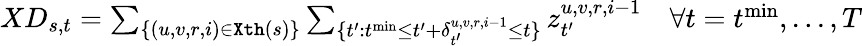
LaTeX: \begin{array}{r}{XD_{s,t}=\sum_{\{ (u,v,r,i)\in\texttt{Xth}(s)\} }\sum_{\{ t^{\prime}:t^{\mathrm{min}}\leq t^{\prime}+\delta_{t^{\prime}}^{u,v,r,i-1}\leq t\} }z_{t^{\prime}}^{u,v,r,i-1}\quad\forall t=t^{\mathrm{min}},...,T}\end{array}